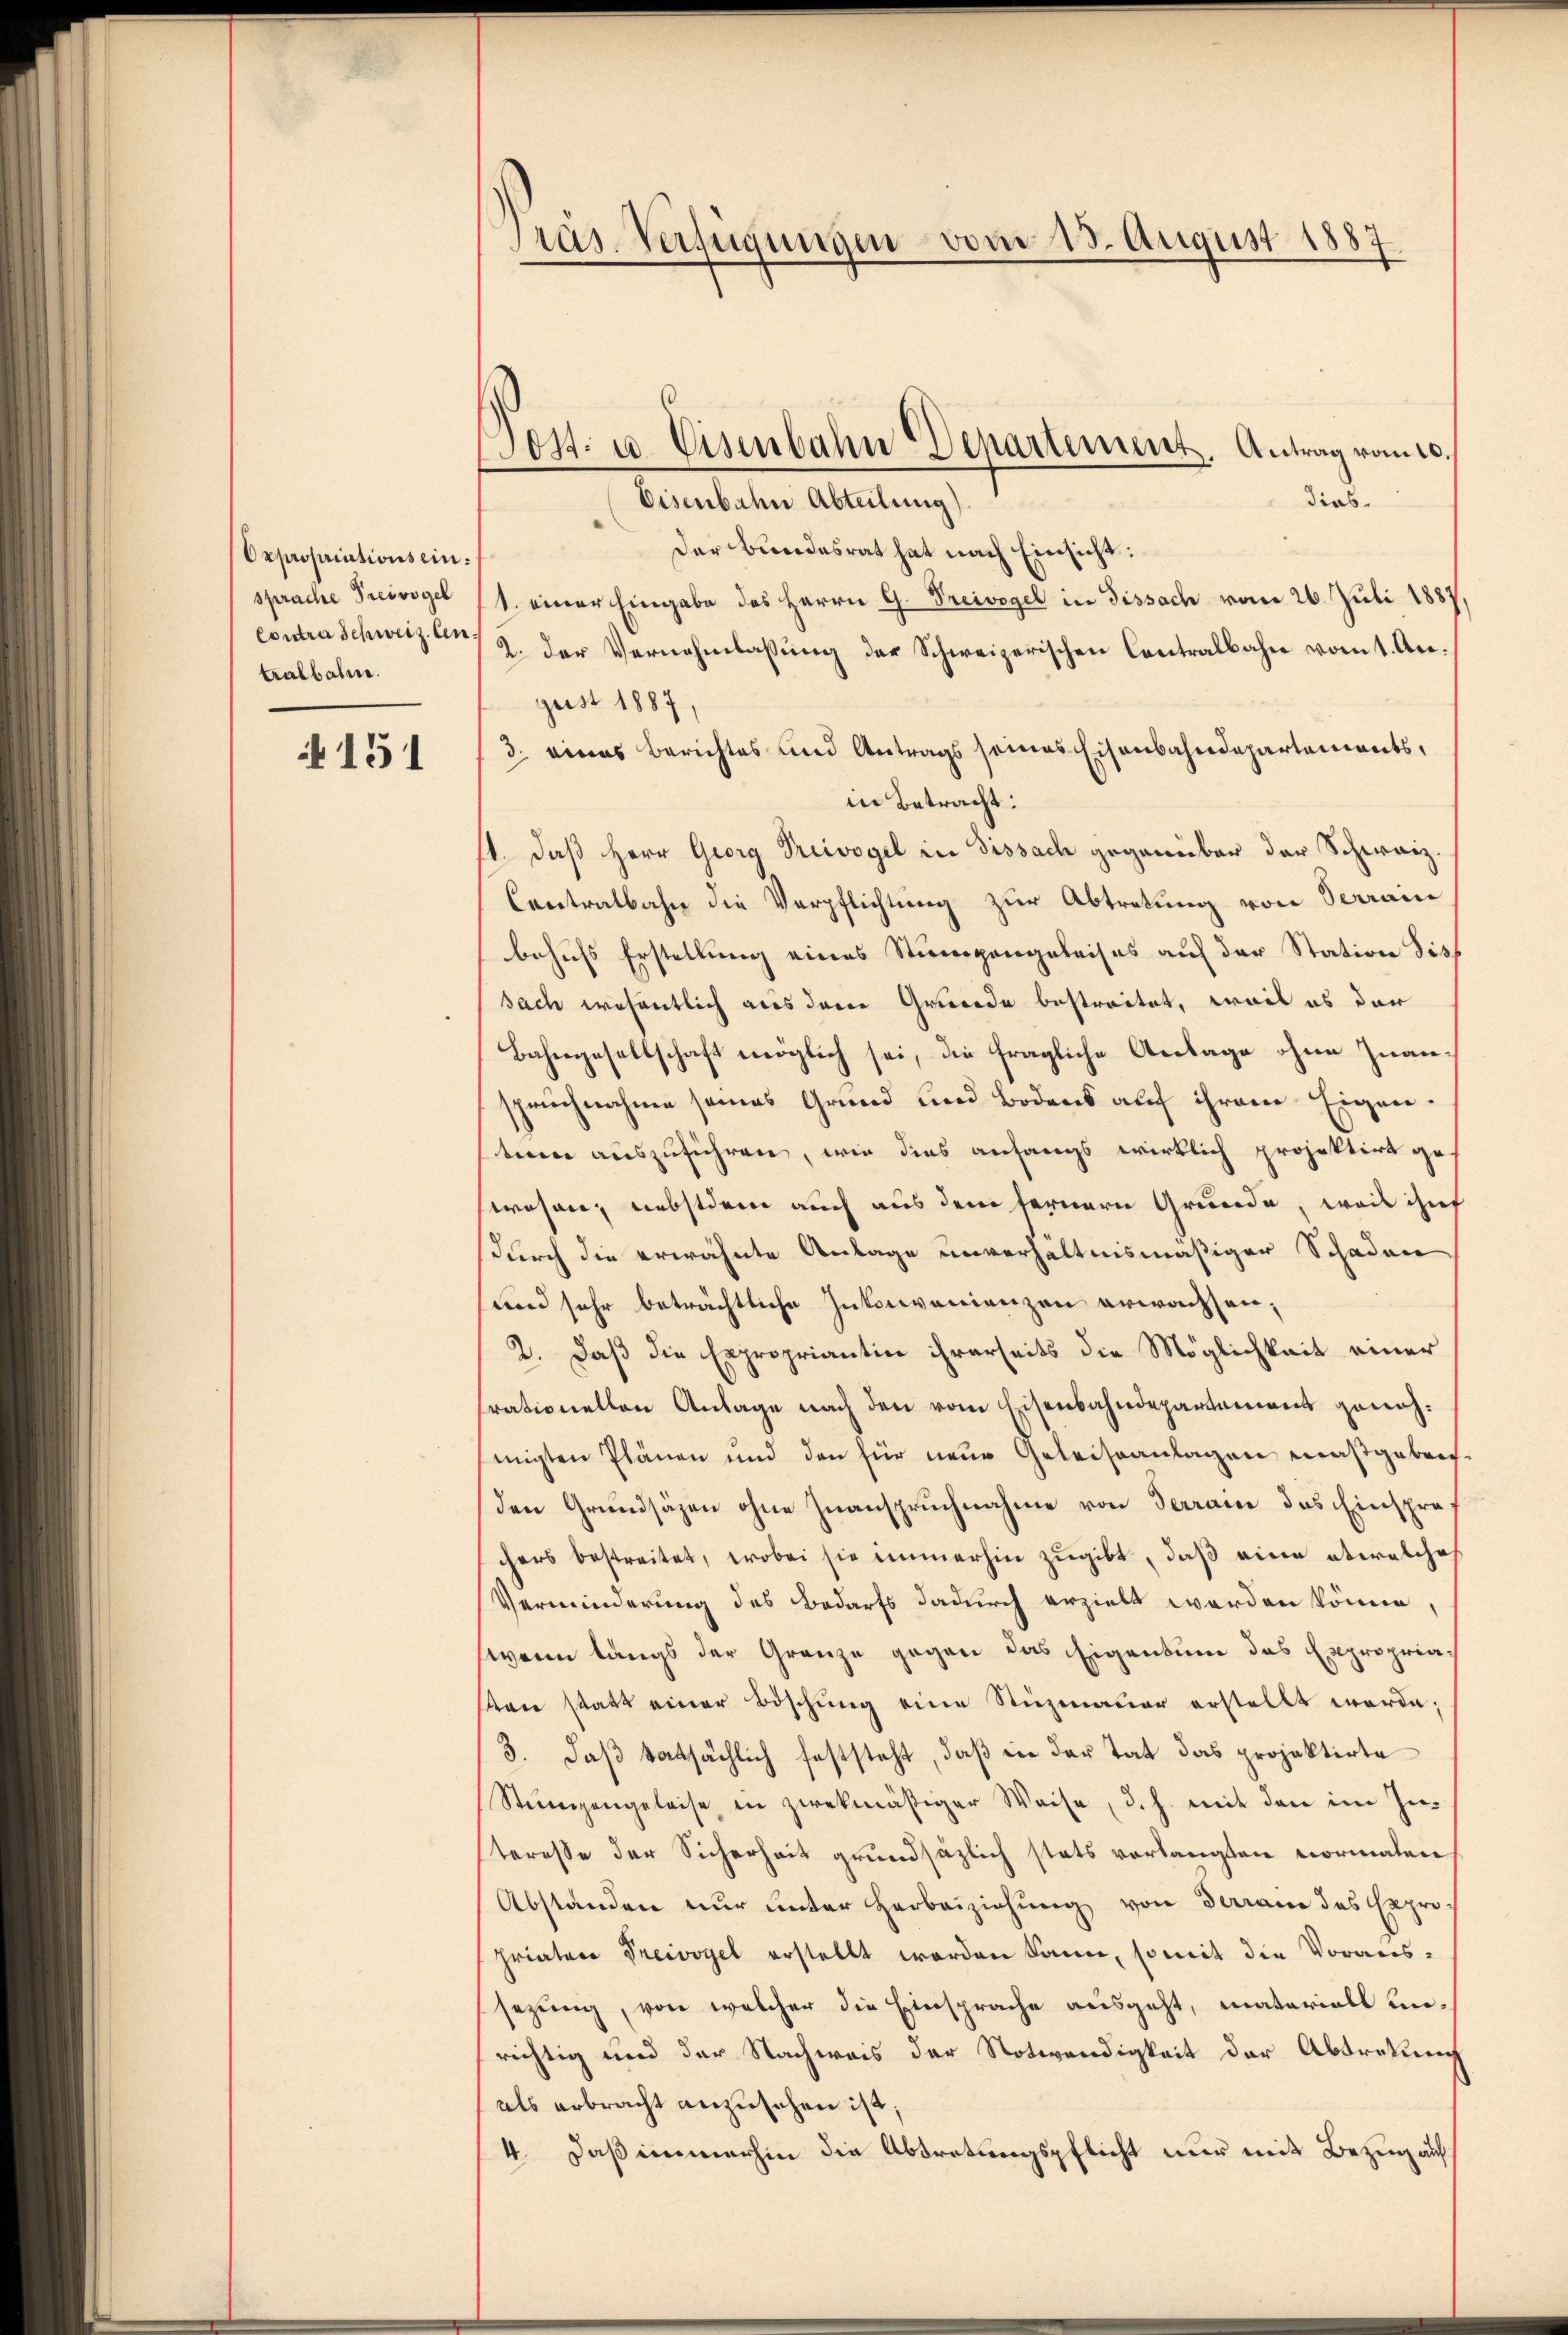
Oxpropriations ein:
sprache Preivogel
Contra Schweiz. Antralbahn.

151

Präs. Verfügungen vom 13. August 1887

104. u. Eisenbahn Departement. Antrag vom 20.

Eisenbahn Abteilung)
dieb.
Der Bundesrat hat nach Einsicht:
1. einer Eingabe des Herrn G. Preivogel in Fissach vom 26. Juli 1887,
2. Der Vernehmlassung der Schweizerischen Contralbahn vom 1. August 1887,
3. eines Berichtes und Antrags seines Eisenbahndepartements,
in Betracht:
11. daß Herr Georg Preivogel in Dissach gegenüber der Schweiz.
Contralbahn die Verpflichtung zur Abtretung von Verrain
behufs Erstellung eines Stumpengeleises auf der Station Siss
sach wesentlich aus derer Grunde bestreitet, weil es der
Bahngesellschaft möglich sei, die fragliche Anlage ohne Inanspruchnahme seines Grund und Bodens auf ihrem Eigen.
tem auszuführen, wie dies anfangs wirklich projektirt ge-
wesen, nebstdem auch aus dem fernern Grunde, weis ihn
(durch die erwähnte Anlage unverhältnismäßiger Schaden
und sehr beträchtliche Inkonvenienzen erwachsen;
2. Daß die Expropriantion ihrerseits die Möglichkeit einer
rationellen Anlage nach den vom Eisenbahndepartement genehmigten Plänen und den für neue Geleiseanlagen maßgebrechden Grundsäzen ohne Zuanspruchnahme von Terrane das Einsprachers bestreitet, wobei sie immerhin zugibt, daß eine etwelche
Verminderung des Bedarfs dadurch erzielt worden könne,
wann längs der Grenze gegen das Eigentum das Expropriat
on statt einer Böschŭng eine Stüzmauer erstellt werde;
3. daß tatsächlich feststeht, daß in der Tat das projektirte
Stumpengeleise in zwekmäßiger Weise, d. h. mit den im In-
steresse der Sicherheit grundsätzlich stets verlangten normalen
Abständen nur unter Herbeiziehung von daran des Expro-
priater Preivogel erstellt worden kann, somit die Voraus-
sezung, von welcher die Einsprache ausgeht, materiall unrichtig und der Nachweis der Notwendigkeit der Abtretung
als erbracht anzusehen ist;
4. Daß immerhin die Abtretungspflicht nur mit Bezug auf